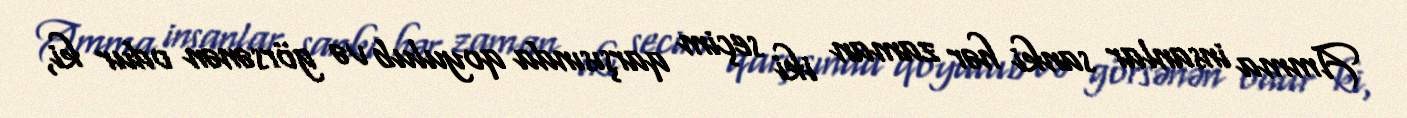
Amma insanlar sanki hər zaman iki seçim qarşısında qoyulub və görsənən odur ki,